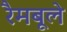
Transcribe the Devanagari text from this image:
रैमबूले